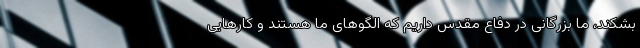
بشکند، ما بزرگانی در دفاع مقدس داریم که الگو‌های ما هستند و کار‌هایی